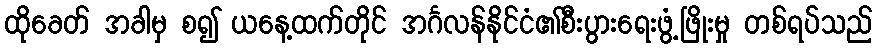
ထိုခေတ် အခါမှ စ၍ ယနေ့ထက်တိုင် အင်္ဂလန်နိုင်ငံ၏စီးပွားရေးဖွံ့ဖြိုးမှု တစ်ရပ်သည်